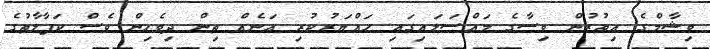
ވިޝާމްގެ އިތުރުން ވިސާގެ މައްސަލައިގައި ހައްޔަރުކުރި އަނެއް ތިން ދިވެހިން ވެސް ކަފާލާތުގެ